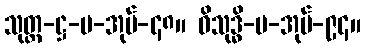
သုတ္တ-ဋ္ဌ-ပ-အုပ်-၄၈။ ဝိသုဒ္ဓိ-ပ-အုပ်-၉၄။